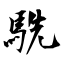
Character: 駪